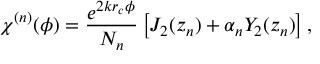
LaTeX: \chi ^ { ( n ) } ( \phi ) = \frac { e ^ { 2 k r _ { c } \phi } } { N _ { n } } \left[ J _ { 2 } ( z _ { n } ) + \alpha _ { n } Y _ { 2 } ( z _ { n } ) \right] ,